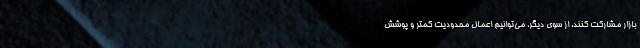
بازار مشارکت کنند. از سوی دیگر، می‌توانیم اعمال محدودیت کمتر و پوشش